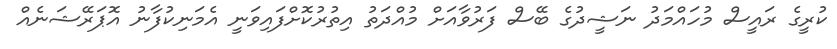
ކުރީގެ ރައީސް މުހައްމަދު ނަޝީދުގެ ބޭސް ފަރުވާއަށް މުއްދަތު އިތުރުކޮށްފައިވަނީ އެމަނިކުފާނު އޮޕަރޭޝަނެއް